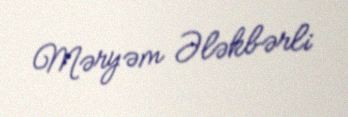
Məryəm Ələkbərli